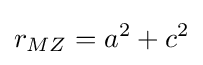
r_{MZ}=a^{2}+c^{2}